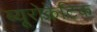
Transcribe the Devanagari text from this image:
ब्यूरोक्रेटिक